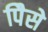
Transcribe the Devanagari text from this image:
पैिसे